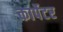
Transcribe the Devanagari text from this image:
कार्पेटर